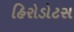
હિરોડોટસ